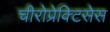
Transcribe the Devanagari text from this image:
चीरोप्रेक्टिसेस